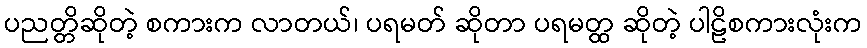
ပညတ္တိဆိုတဲ့ စကားက လာတယ်၊ ပရမတ် ဆိုတာ ပရမတ္ထ ဆိုတဲ့ ပါဠိစကားလုံးက